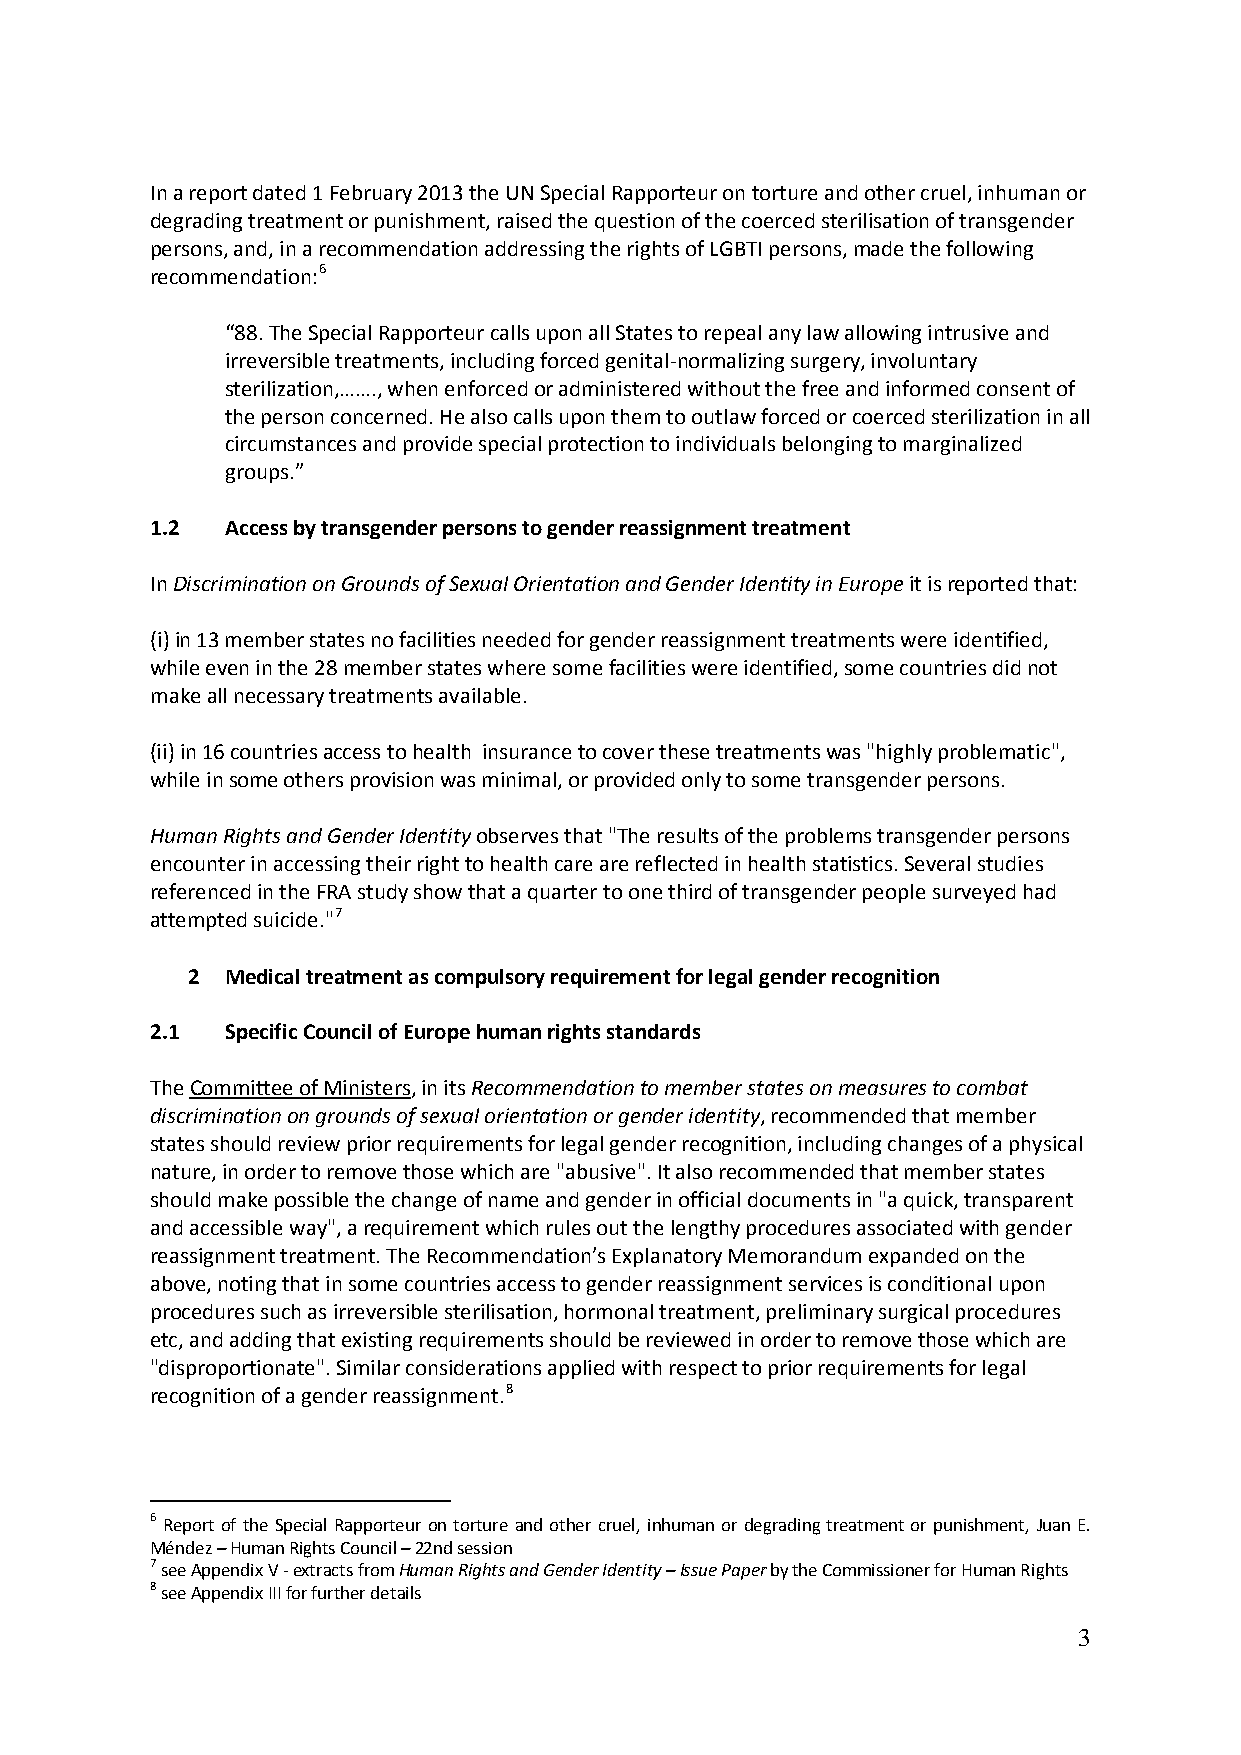
In a report dated 1 February 2013 the UN Special Rapporteur on torture and other cruel, inhuman or
 degrading treatment or punishment, raised the question of the coerced sterilisation of transgender
 persons, and, in a recommendation addressing the rights of LGBTI persons, made the following
 recommendation:6
 “88. The Special Rapporteur calls upon all States to repeal any law allowing intrusive and
 irreversible treatments, including forced genital-normalizing surgery, involuntary
 sterilization,……., when enforced or administered without the free and informed consent of
 the person concerned. He also calls upon them to outlaw forced or coerced sterilization in all
 circumstances and provide special protection to individuals belonging to marginalized
 groups.”
 1.2  Access by transgender persons to gender reassignment treatment
 In Discrimination on Grounds of Sexual Orientation and Gender Identity in Europe it is reported that:
 (i) in 13 member states no facilities needed for gender reassignment treatments were identified,
 while even in the 28 member states where some facilities were identified, some countries did not
 make all necessary treatments available.
 (ii) in 16 countries access to health insurance to cover these treatments was "highly problematic",
 while in some others provision was minimal, or provided only to some transgender persons.
 Human Rights and Gender Identity observes that "The results of the problems transgender persons
 encounter in accessing their right to health care are reflected in health statistics. Several studies
 referenced in the FRA study show that a quarter to one third of transgender people surveyed had
 attempted suicide."7
 2  Medical treatment as compulsory requirement for legal gender recognition
 2.1  Specific Council of Europe human rights standards
 The Committee of Ministers, in its Recommendation to member states on measures to combat
 discrimination on grounds of sexual orientation or gender identity, recommended that member
 states should review prior requirements for legal gender recognition, including changes of a physical
 nature, in order to remove those which are "abusive". It also recommended that member states
 should make possible the change of name and gender in official documents in "a quick, transparent
 and accessible way", a requirement which rules out the lengthy procedures associated with gender
 reassignment treatment. The Recommendation’s Explanatory Memorandum expanded on the
 above, noting that in some countries access to gender reassignment services is conditional upon
 procedures such as irreversible sterilisation, hormonal treatment, preliminary surgical procedures
 etc, and adding that existing requirements should be reviewed in order to remove those which are
 "disproportionate". Similar considerations applied with respect to prior requirements for legal
 recognition of a gender reassignment.8
 6 Report of the Special Rapporteur on torture and other cruel, inhuman or degrading treatment or punishment, Juan E.
 Méndez – Human Rights Council – 22nd session
 7 see Appendix V - extracts from Human Rights and Gender Identity – Issue Paper by the Commissioner for Human Rights
 8 see Appendix III for further details
 3